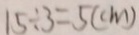
1 5 \div 3 = 5 ( c m )